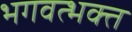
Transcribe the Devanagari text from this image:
भगवत्भक्त